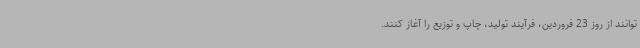
توانند از روز 23 فروردین، فرآیند تولید، چاپ و توزیع را آغاز کنند.